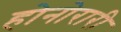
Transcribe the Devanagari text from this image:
होनोरारी